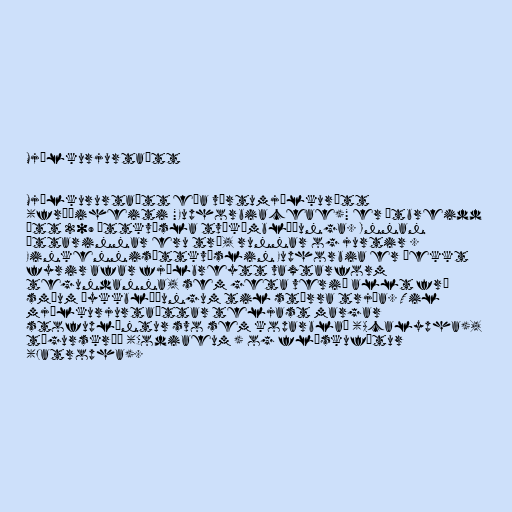
Mjólkurjurtaætt

Mjólkururtaætt eða vörtumjólkurætt
(fræðiheiti "Euphorbiaceae)" er útbreidd
ætt 209 ættkvísla tvíkímblöðunga. Innan
ættarinnar eru tré, runnar og jurtir .
Einkennisættkvíslin Euphorbia er þekkt
fyrir afar fjölbreytt vaxtarform
tegundanna, sem geta verið allt frá
smáum þykkblöðungum til stórra trjáa. Til
mjólkurjurtaættar teljast margar
stofuplöntur svo sem koparblað (Acalypha),
tígurskrúð (Codiaeum ) og flöskufótur
(Jatropha).